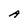
Character: A